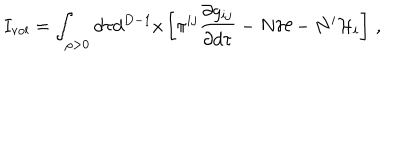
I _ { \mathrm { v o l } } = \int _ { \rho > 0 } d \tau d ^ { D - 1 } x \left[ \pi ^ { i j } \frac { \partial g _ { i j } } { \partial d \tau } - N { \cal H } - N ^ { i } { \cal H } _ { i } \right] \, ,